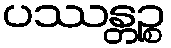
ပဿန္တဉ္စ